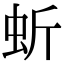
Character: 蚚